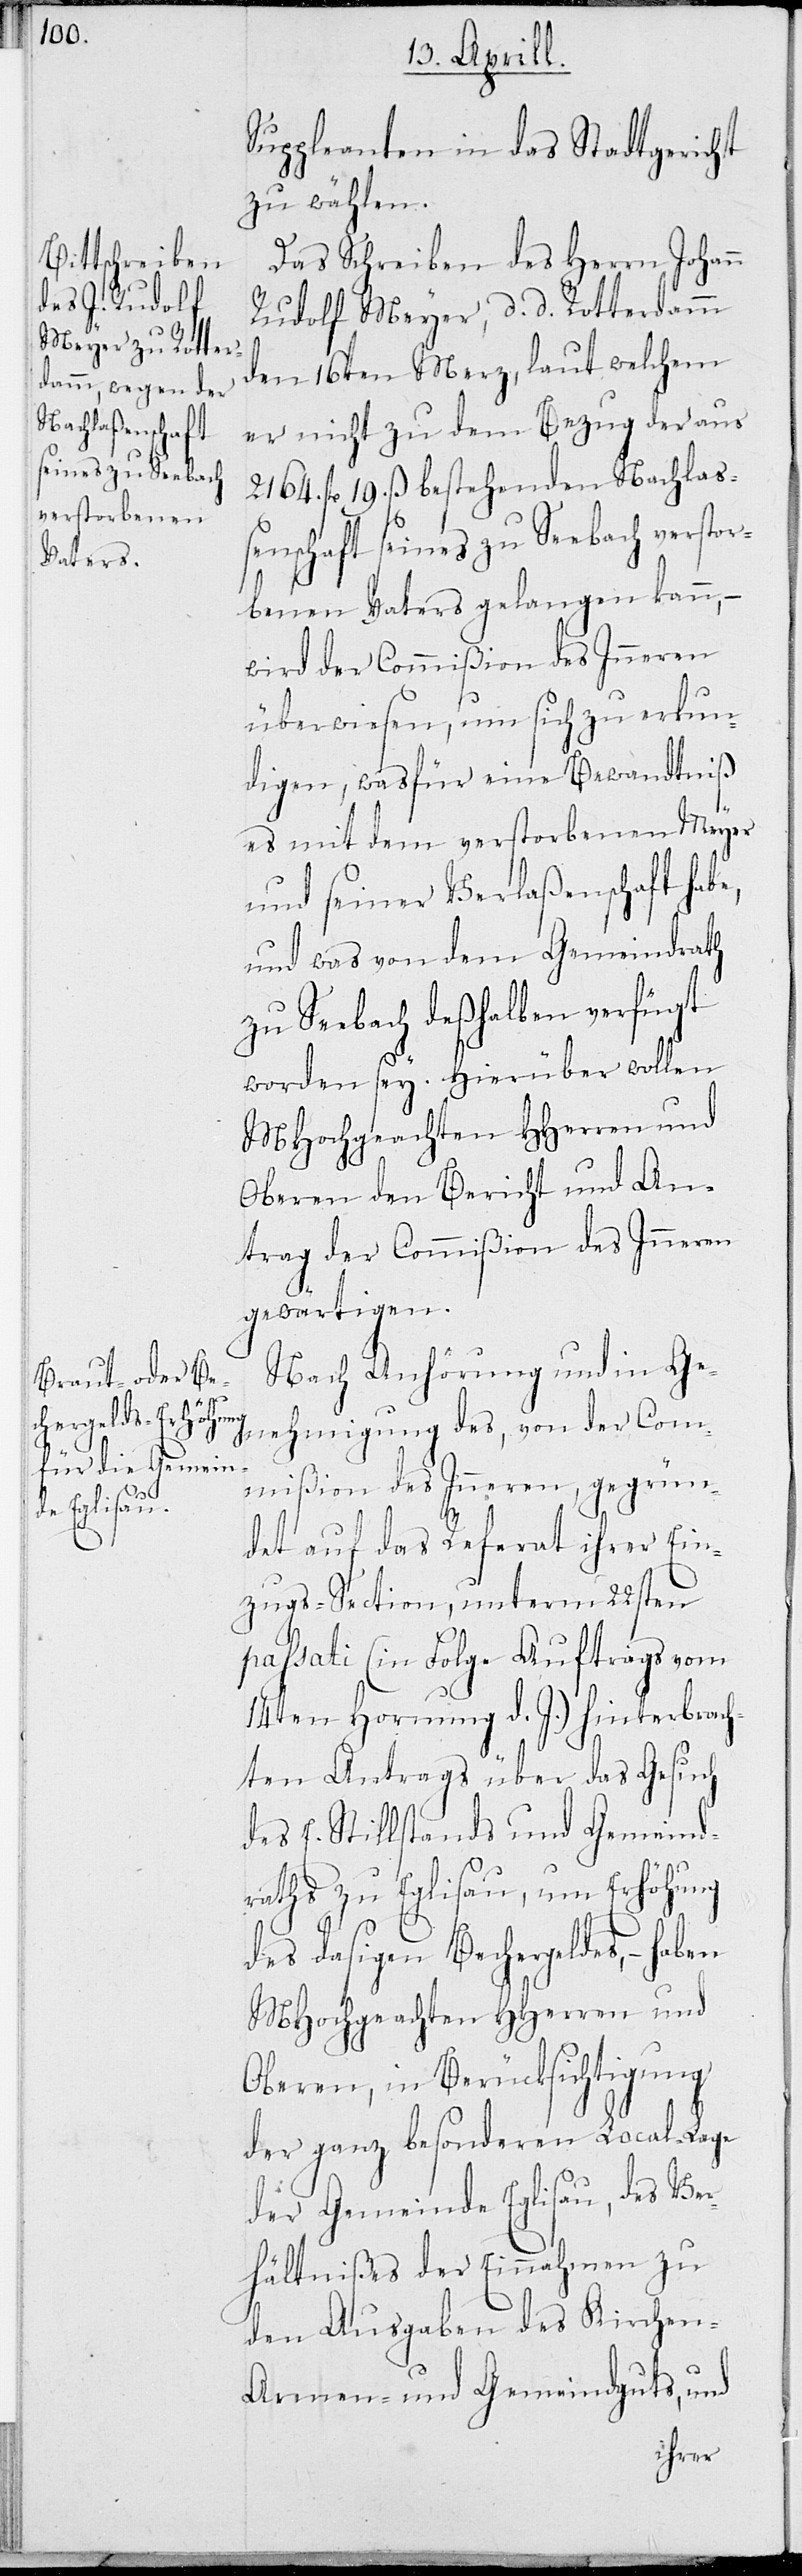
erku¬

Suppleanten in das Stadtgericht
zu wählen.
Das Schreiben des Herrn Johann
Rudolf Meyer, d. d. Rotterdamm
den 16ten Merz, laut welchem
er nicht zu dem Bezug der aus
2164. fl 19 ß bestehenden Nachlaß¬
enschaft seines zu Seebach verstor¬
benen Vaters gelangen kann, –
wird der Commißion des Inneren
ndigen, was für eine Bewandtniß
es mit dem verstorbenen Meyer
und seiner Hinterlaßenschaft habe,
und was von dem Gemeindrath
zu Seebach deßelben verfügt
worden sey. Hierüber wollen
MHochgeachte HHerren und
Oberen den Bericht und An¬
trag der Commißion des Inneren
gewärtigen.
Nach Anhörung und in Ge¬
nehmigung des, von der Com¬
mißion des Inneren, gegrün¬
det auf das Referat ihrer Ein¬
zugs-Section, unterm 22sten
passati (in Folge Auftrags vom
14ten Hornung d. J.) hinterbrach¬
ten Antrags über das Gesuch
des E. Stillstands und Gemeind¬
raths zu Eglisau, um Erhöhung
des dasigen Bechergeldes, – haben
MHochgeachten HHerren und
Oberen, in Berücksichtigung
der ganz besonderen Local-Lage
der Gemeinde Eglisau, das Ver¬
hältniß der Einnahmen zu
den Ausgaben des Kirchen-
Armen- und Gemeindguts, und